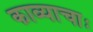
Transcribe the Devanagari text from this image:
काव्याचाः